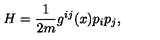
H = \frac { 1 } { 2 m } g ^ { i j } ( x ) p _ { i } p _ { j } ,